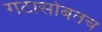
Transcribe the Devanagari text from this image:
गटासोबतच